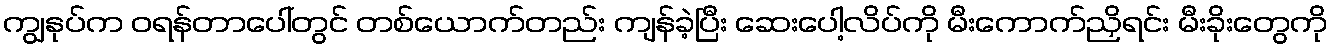
ကျွနုပ်က ဝရန်တာပေါ်တွင် တစ်ယောက်တည်း ကျန်ခဲ့ပြီး ဆေးပေါ့လိပ်ကို မီးကောက်ညှိရင်း မီးခိုးတွေကို